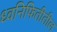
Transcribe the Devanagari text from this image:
ध्वनिफितीतील